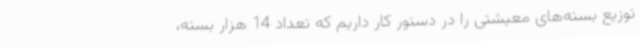
توزیع بسته‌های معیشتی را در دستور کار داریم که تعداد 14 هزار بسته،